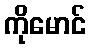
ကိုမောင်